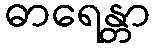
ဓာရေန္တာ